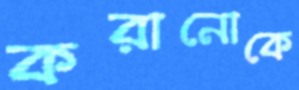
করানোকে